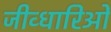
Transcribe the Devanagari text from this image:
जीव्धारिओं